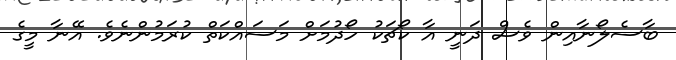
ބާސެލޯނާއިން ވެސް ދަނީ އާ ކޯޗަކު ހޯދުމަށް މަސައްކަތް ކުރަމުންނެވެ. އޭނާ މީގެ